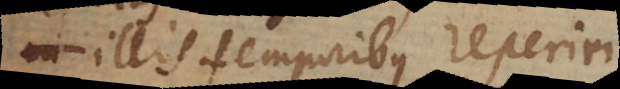
in illis temporibus reperiri